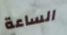
الساعة